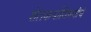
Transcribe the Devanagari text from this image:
शेतकर्यांविषयीचे